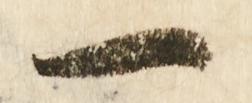
一